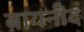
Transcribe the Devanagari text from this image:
बायनीद